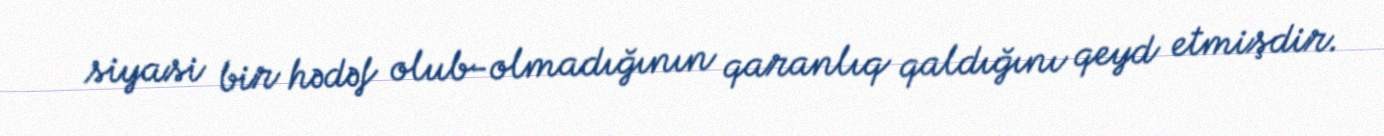
siyasi bir hədəf olub-olmadığının qaranlıq qaldığını qeyd etmişdir.